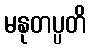
မနုတပ္ပတိ